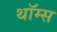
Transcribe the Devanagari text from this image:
थॉम्स